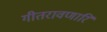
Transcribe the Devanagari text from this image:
गीतरावणारि